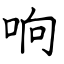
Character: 响